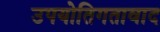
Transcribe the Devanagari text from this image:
उपयोतिगतावाद